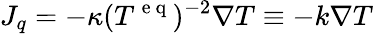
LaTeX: J_{q}=-\kappa(T^{\mathrm{~e~q~}})^{-2}\nabla T\equiv-k\nabla T